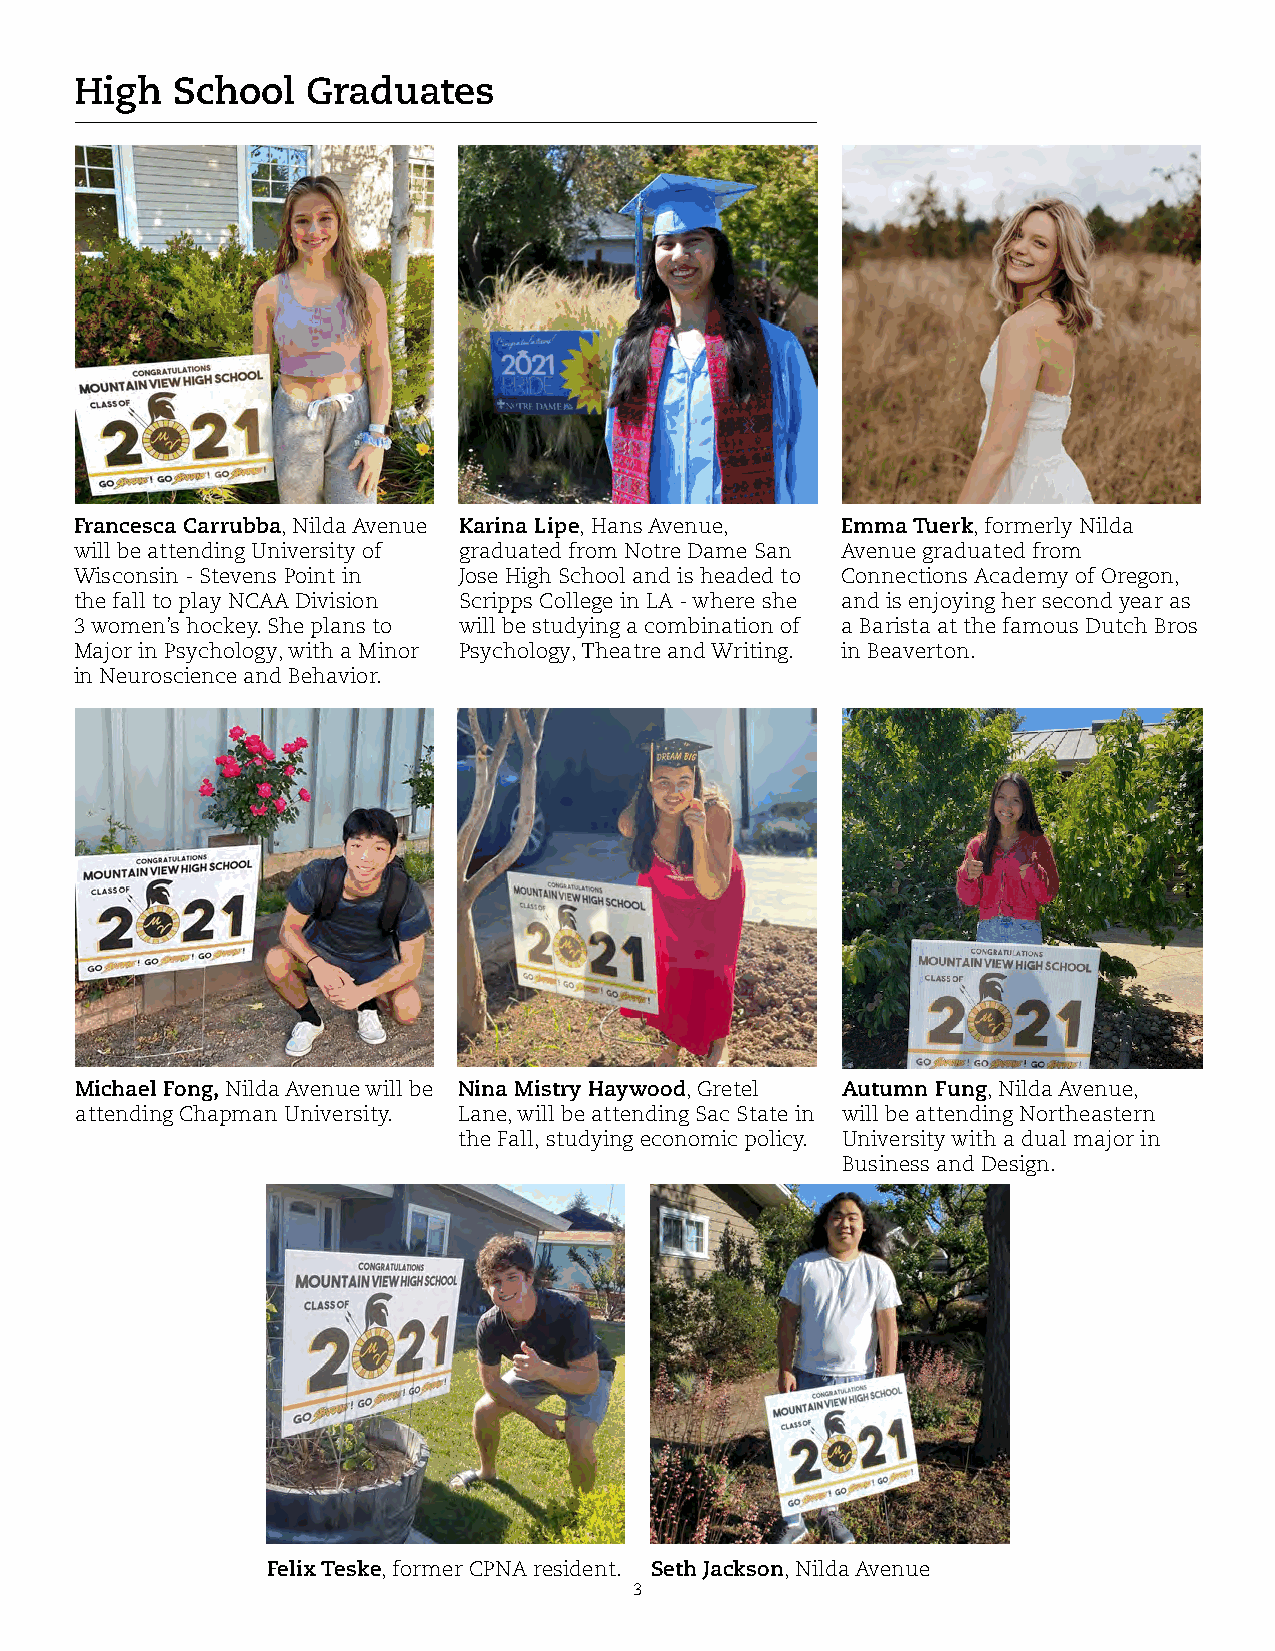
High  School   Graduates
 Francesca Carrubba, Nilda Avenue Karina Lipe, Hans Avenue, Emma Tuerk, formerly Nilda
 will be attending University of graduated from Notre Dame San Avenue graduated from
 Wisconsin - Stevens Point in Jose High School and is headed to Connections Academy of Oregon,
 the fall to play NCAA Division Scripps College in LA - where she and is enjoying her second year as
 3 women’s hockey. She plans to will be studying a combination of a Barista at the famous Dutch Bros
 Major in Psychology, with a Minor Psychology, Theatre and Writing. in Beaverton.
 in Neuroscience and Behavior.
 Michael Fong, Nilda Avenue will be Nina Mistry Haywood, Gretel Autumn Fung, Nilda Avenue,
 attending Chapman University. Lane, will be attending Sac State in will be attending Northeastern
 the Fall, studying economic policy. University with a dual major in
 Business and Design.
 Felix Teske, former CPNA resident. Seth Jackson, Nilda Avenue
 3